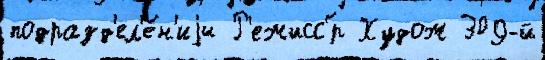
подразд'ел'е́н'иjи Р'ежисс'́р Худож 309-й